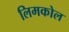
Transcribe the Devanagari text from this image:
लिमकोल